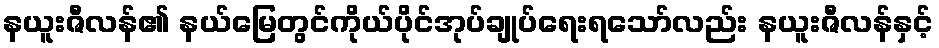
နယူးဇီလန်၏ နယ်မြေတွင်ကိုယ်ပိုင်အုပ်ချုပ်ရေးရသော်လည်း နယူးဇီလန်နှင့်